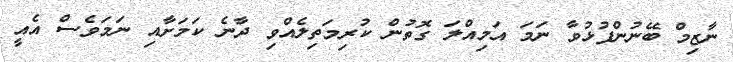
ނާޒިމް ބޭނުންފުޅުވާ ނަމަ އަމިއްލަ ގޮތުން ކުރިމަތިލެއްވި ދާނެ ކަމަށާއި ނަމަވެސް އެއީ